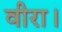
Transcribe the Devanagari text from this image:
वीरा।